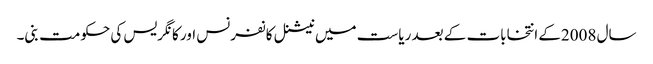
سال 2008کے انتخابات کے بعد ریاست میں نیشنل کانفرنس اور کانگریس کی حکومت بنی۔